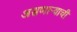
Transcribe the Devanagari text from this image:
असणाऱ्याची